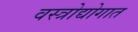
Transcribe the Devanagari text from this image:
वस्त्रोद्योगात